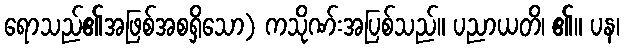
ရောသည်၏အဖြစ်အစရှိသော) ကသိုဏ်းအပြစ်သည်။ ပညာယတိ၊ ၏။ ပန၊